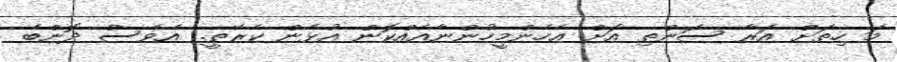
މަ ހިތަށް އަރާ ސަންތި އަށް އެހެންމީހުންނާއެއްކޮން އުޅެން ކެރޭތީ.. އެވެސް ދޮންބެ